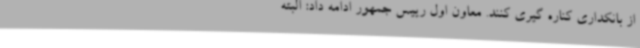
از بانکداری کناره گیری کنند. معاون اول رییس جمهور ادامه داد: البته